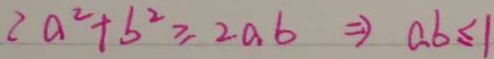
2 a ^ { 2 } + b ^ { 2 } \geq 2 a b \Rightarrow a b \leq 1